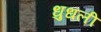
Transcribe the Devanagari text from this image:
धुधली